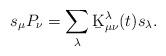
LaTeX: \begin{align*}s_{\mu} P_{\nu} = \sum_{\lambda} \b{K}^{\lambda}_{\mu\nu}(t) s_{\lambda}.\end{align*}